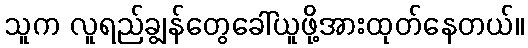
သူက လူရည်ချွန်တွေခေါ်ယူဖို့အားထုတ်နေတယ်။